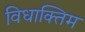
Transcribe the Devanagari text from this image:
विधाक्तिम